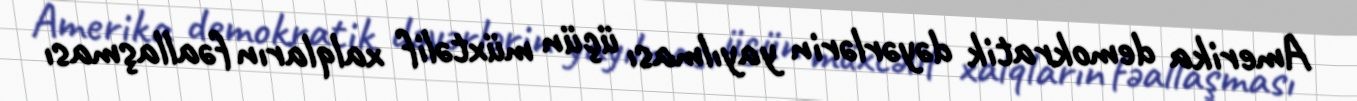
Amerika demokratik dəyərlərin yayılması üçün müxtəlif xalqların fəallaşması